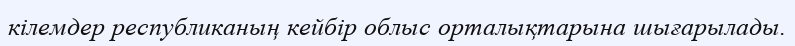
кілемдер республиканың кейбір облыс орталықтарына шығарылады.